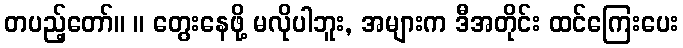
တပည့်တော်။ ။ တွေးနေဖို့ မလိုပါဘူး, အများက ဒီအတိုင်း ထင်ကြေးပေး